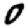
Digit: 0